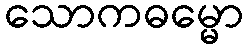
သောကဓမ္မော